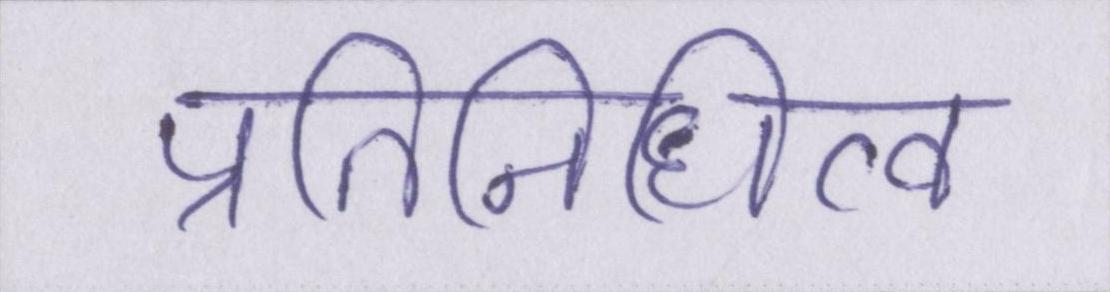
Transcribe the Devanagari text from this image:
प्रतिनिधित्व